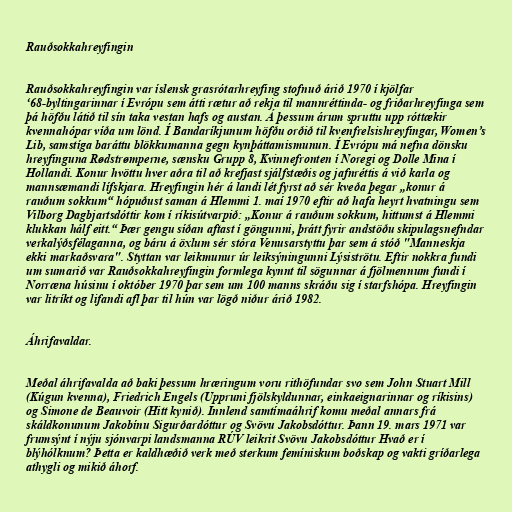
Rauðsokkahreyfingin

Rauðsokkahreyfingin var íslensk grasrótarhreyfing stofnuð árið 1970 í kjölfar
‘68-byltingarinnar í Evrópu sem átti rætur að rekja til mannréttinda- og friðarhreyfinga sem
þá höfðu látið til sín taka vestan hafs og austan. Á þessum árum spruttu upp róttækir
kvennahópar víða um lönd. Í Bandaríkjunum höfðu orðið til kvenfrelsishreyfingar, Women’s
Lib, samstíga baráttu blökkumanna gegn kynþáttamismunun. Í Evrópu má nefna dönsku
hreyfinguna Rødstrømperne, sænsku Grupp 8, Kvinnefronten í Noregi og Dolle Mina í
Hollandi. Konur hvöttu hver aðra til að krefjast sjálfstæðis og jafnréttis á við karla og
mannsæmandi lífskjara. Hreyfingin hér á landi lét fyrst að sér kveða þegar „konur á
rauðum sokkum“ hópuðust saman á Hlemmi 1. maí 1970 eftir að hafa heyrt hvatningu sem
Vilborg Dagbjartsdóttir kom í ríkisútvarpið: „Konur á rauðum sokkum, hittumst á Hlemmi
klukkan hálf eitt.“ Þær gengu síðan aftast í göngunni, þrátt fyrir andstöðu skipulagsnefndar
verkalýðsfélaganna, og báru á öxlum sér stóra Venusarstyttu þar sem á stóð "Manneskja
ekki markaðsvara". Styttan var leikmunur úr leiksýningunni Lýsiströtu. Eftir nokkra fundi
um sumarið var Rauðsokkahreyfingin formlega kynnt til sögunnar á fjölmennum fundi í
Norræna húsinu í október 1970 þar sem um 100 manns skráðu sig í starfshópa. Hreyfingin
var litríkt og lifandi afl þar til hún var lögð niður árið 1982.

Áhrifavaldar.

Meðal áhrifavalda að baki þessum hræringum voru rithöfundar svo sem John Stuart Mill
(Kúgun kvenna), Friedrich Engels (Uppruni fjölskyldunnar, einkaeignarinnar og ríkisins)
og Simone de Beauvoir (Hitt kynið). Innlend samtímaáhrif komu meðal annars frá
skáldkonunum Jakobínu Sigurðardóttur og Svövu Jakobsdóttur. Þann 19. mars 1971 var
frumsýnt í nýju sjónvarpi landsmanna RÚV leikrit Svövu Jakobsdóttur Hvað er í
blýhólknum? Þetta er kaldhæðið verk með sterkum femíniskum boðskap og vakti gríðarlega
athygli og mikið áhorf.